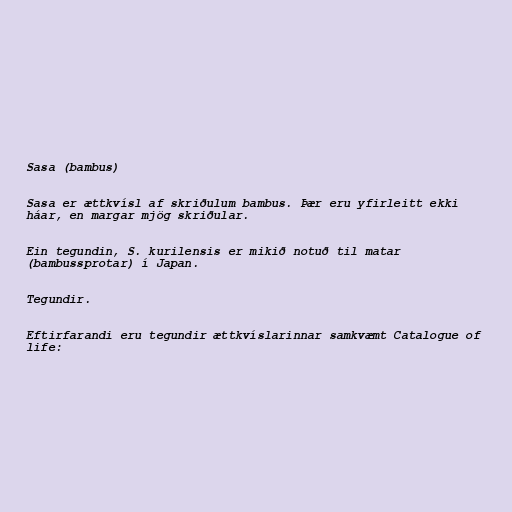
Sasa (bambus)

Sasa er ættkvísl af skriðulum bambus. Þær eru yfirleitt ekki
háar, en margar mjög skriðular.

Ein tegundin, S. kurilensis er mikið notuð til matar
(bambussprotar) í Japan.

Tegundir.

Eftirfarandi eru tegundir ættkvíslarinnar samkvæmt Catalogue of
life: